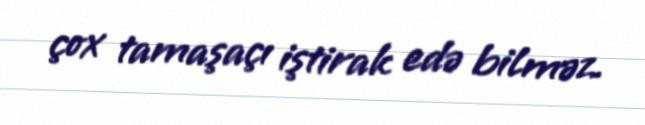
çox tamaşaçı iştirak edə bilməz.